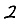
Digit: 2